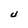
Character: U